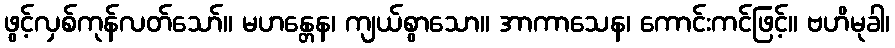
ဖွင့်လှစ်ကုန်လတ်သော်။ မဟန္တေန၊ ကျယ်စွာသော။ အာကာသေန၊ ကောင်းကင်ဖြင့်။ ဗဟိမုခါ၊